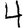
Digit: 4